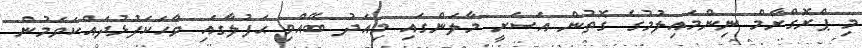
މި ޕްރޮގްރާމް ނިންމައިލުމުގެ ގޮތުން އަސަރީ މާލަންގައި މިއަދު ބޭއްވި ޙަފުލާގައި ވާހަކަފުޅުދައްކަވަމުން